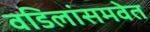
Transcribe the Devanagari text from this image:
वडिलांसमवेत